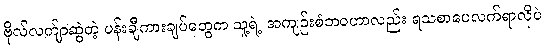
ဗိုလ်လက်ျာဆွဲတဲ့ ပန်းချီကားချပ်တွေက သူ့ရဲ့ အကျဉ်းစံဘဝဟာလည်း ရသစာပေလက်ရာလိုပဲ